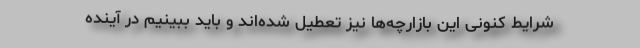
شرایط کنونی این بازارچه‌ها نیز تعطیل شده‌اند و باید ببینیم در آینده